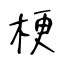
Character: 梗